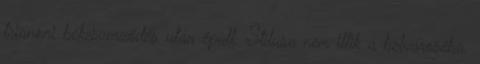
trianoni békeszerződés után épült. Stílusa nem illik a belvároséba.